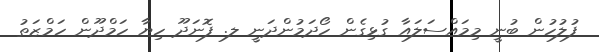
ފުލުހުން ބުނީ މިމައްސަލައާ ގުޅިގެން ހޯދަމުންދަނީ ލ. ފޮނަދޫ ހިޔާ ހަމްދޫން ހަމްޒަތު